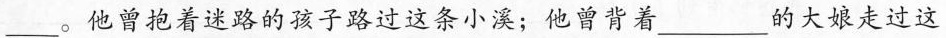
___。他曾抱着迷路的孩子路过这条小溪；他曾背着___的大娘走过这